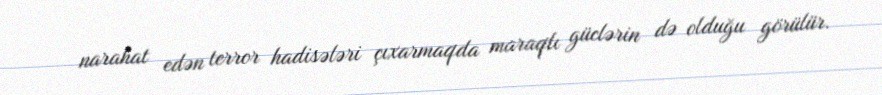
narahat edən terror hadisələri çıxarmaqda maraqlı güclərin də olduğu görülür.